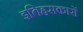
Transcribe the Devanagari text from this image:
इतिहसकारों